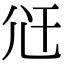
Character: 𭕍